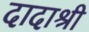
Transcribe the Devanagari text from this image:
दादाश्री